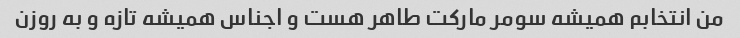
من انتخابم همیشه سومر مارکت طاهر هست و اجناس همیشه تازه و به روزن